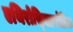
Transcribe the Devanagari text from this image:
एथिरोस्क्लिरोटिक